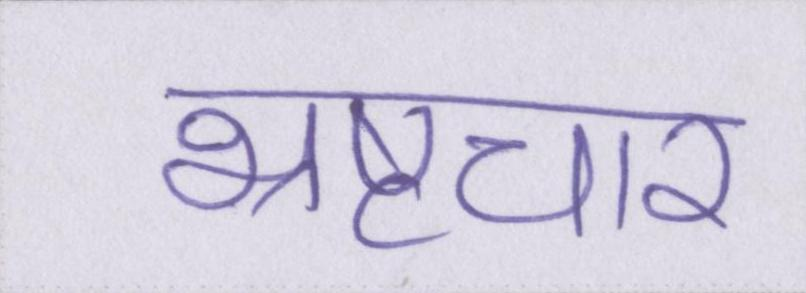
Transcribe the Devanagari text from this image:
भ्रष्टचार